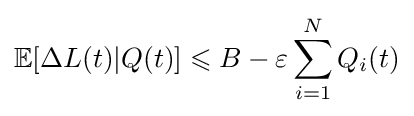
\mathbb {E} [\Delta L(t)|Q(t)]\leqslant B-\varepsilon \sum _{i=1}^{N}Q_{i}(t)